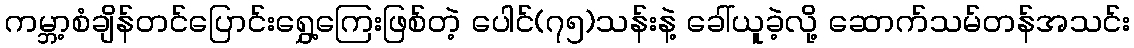
ကမ္ဘာ့စံချိန်တင်ပြောင်းရွှေ့ကြေးဖြစ်တဲ့ ပေါင်(၇၅)သန်းနဲ့ ခေါ်ယူခဲ့လို့ ဆောက်သမ်တန်အသင်း